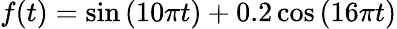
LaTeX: f(t)=\sin{(10\pi t)}+0.2\cos{(16\pi t)}